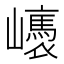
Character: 㠡